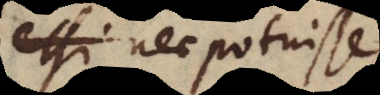
etsi nec potuisse